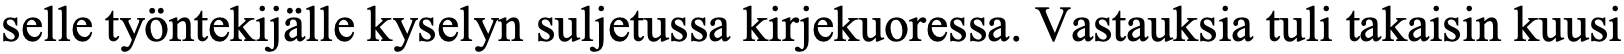
selle työntekijälle kyselyn suljetussa kirjekuoressa. Vastauksia tuli takaisin kuusi